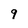
Character: 9